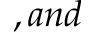
, a n d